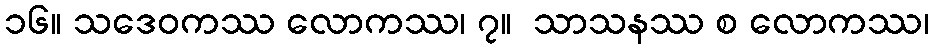
၁၆။ သဒေဝကဿ လောကဿ၊ ၇။  သာသနဿ စ လောကဿ၊